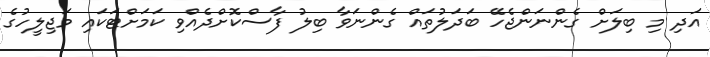
އަދި މި ބިލަށް ގެންނަންޖެހޭ ބަދަލުތައް ގެންނަވާ ބިލު ފާސްކޮށްދެއްވި ކަމަށްޓަކައި މަޖިލީހުގެ